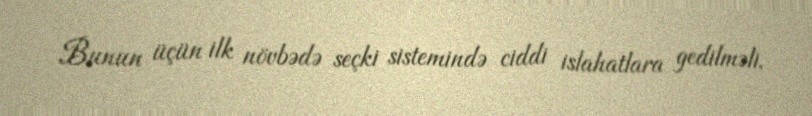
Bunun üçün ilk növbədə seçki sistemində ciddi islahatlara gedilməli,